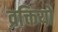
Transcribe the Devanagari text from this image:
व्रक्तियों